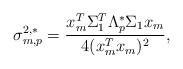
LaTeX: \begin{align*}\sigma^{2,*}_{m,p}= \frac{x_m^T \Sigma_1^T \Lambda^*_p \Sigma_1 x_m}{4 (x_m^T x_m)^2},\end{align*}